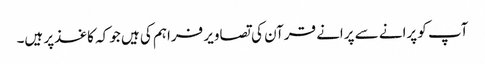
آپ کو پرانے سے پرانے قرآن کی تصاویر فراہم کی ہیں جو کہ کاغذ‌پر ہیں۔